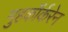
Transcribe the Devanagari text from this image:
मुहकॉर्करेन